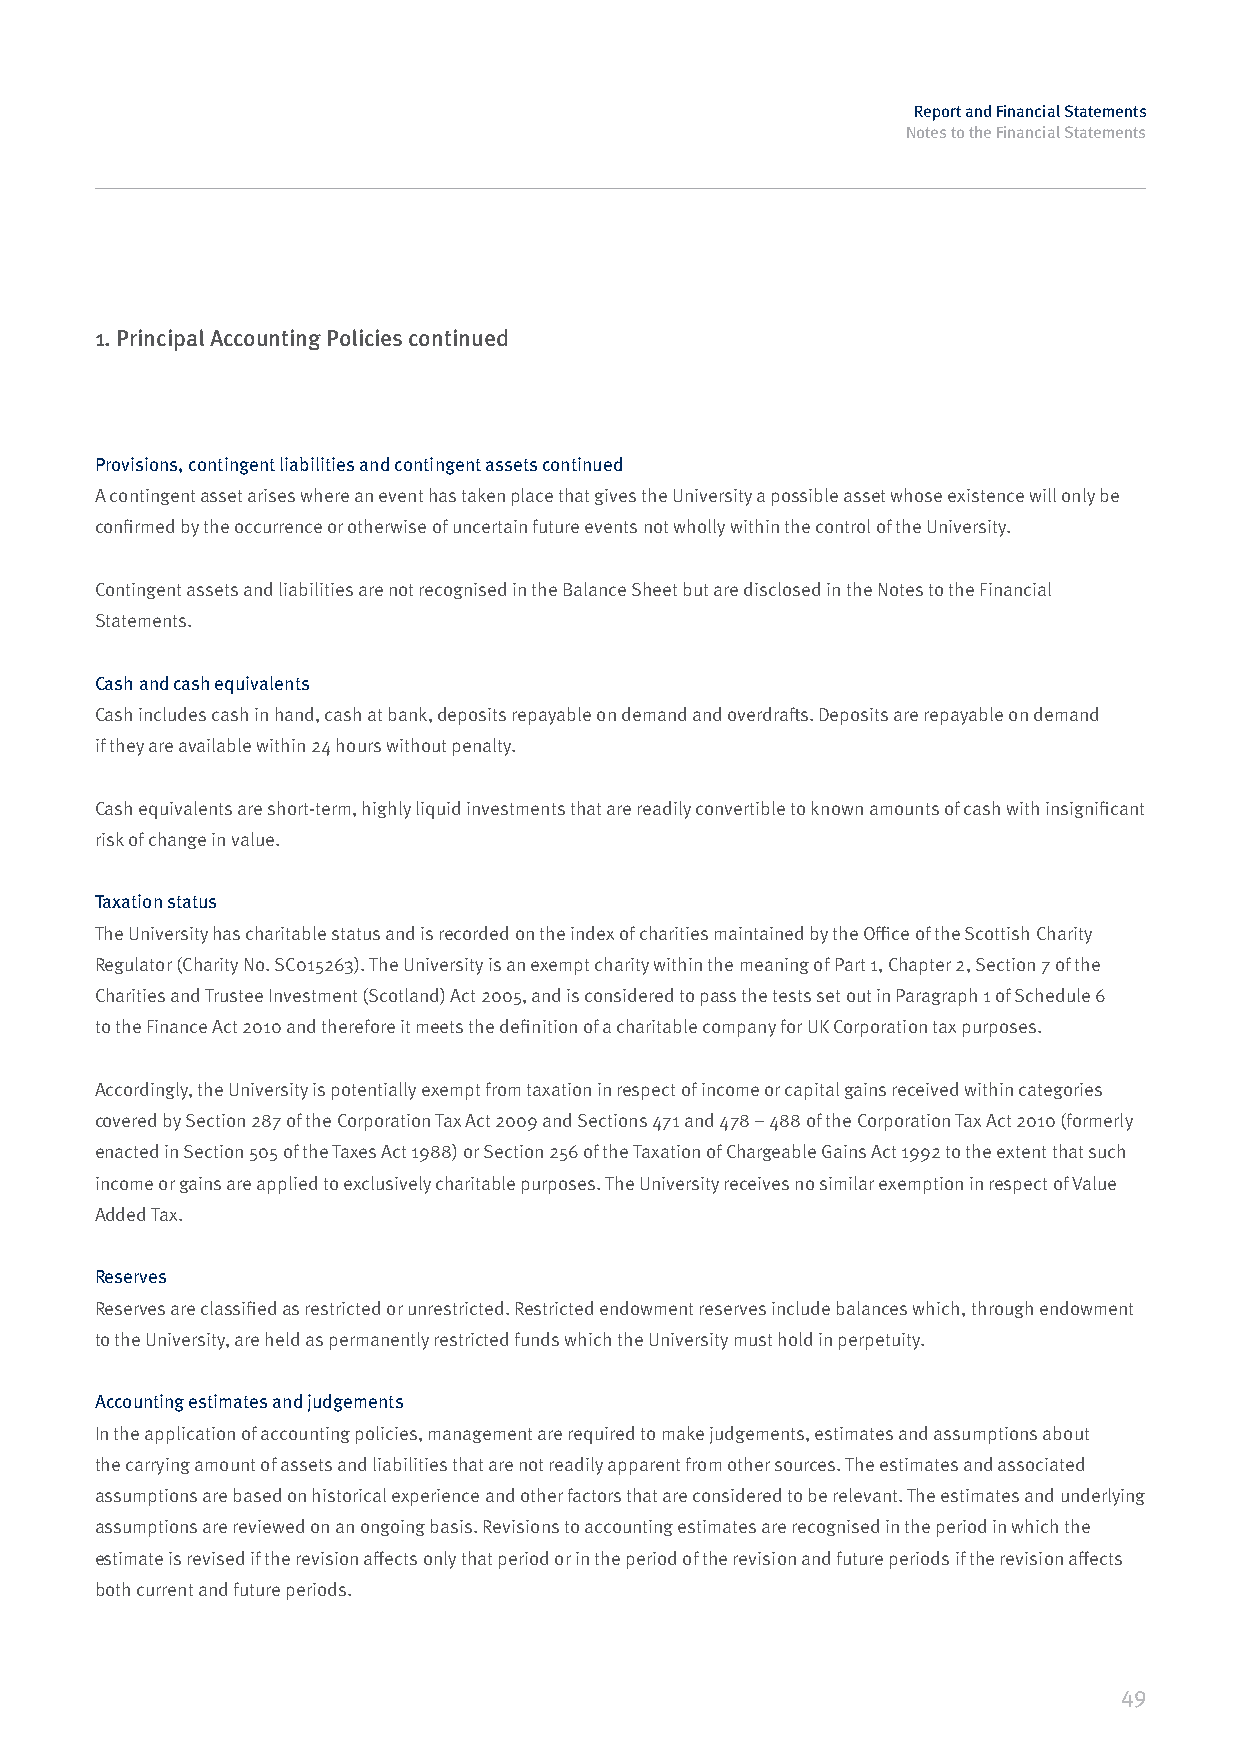
Report and Financial Statements
 Notes to the Financial Statements
 1. Principal Accounting Policies continued
 Provisions, contingent liabilities and contingent assets continued
 A contingent asset arises where an event has taken place that gives the University a possible asset whose existence will only be
 confirmed by the occurrence or otherwise of uncertain future events not wholly within the control of the University.
 Contingent assets and liabilities are not recognised in the Balance Sheet but are disclosed in the Notes to the Financial
 Statements.
 Cash and cash equivalents
 Cash includes cash in hand, cash at bank, deposits repayable on demand and overdrafts. Deposits are repayable on demand
 if they are available within 24 hours without penalty.
 Cash equivalents are short-term, highly liquid investments that are readily convertible to known amounts of cash with insignificant
 risk of change in value.
 Taxation status
 The University has charitable status and is recorded on the index of charities maintained by the Office of the Scottish Charity
 Regulator (Charity No. SC015263). The University is an exempt charity within the meaning of Part 1, Chapter 2, Section 7 of the
 Charities and Trustee Investment (Scotland) Act 2005, and is considered to pass the tests set out in Paragraph 1 of Schedule 6
 to the Finance Act 2010 and therefore it meets the definition of a charitable company for UK Corporation tax purposes.
 Accordingly, the University is potentially exempt from taxation in respect of income or capital gains received within categories
 covered by Section 287 of the Corporation Tax Act 2009 and Sections 471 and 478 – 488 of the Corporation Tax Act 2010 (formerly
 enacted in Section 505 of the Taxes Act 1988) or Section 256 of the Taxation of Chargeable Gains Act 1992 to the extent that such
 income or gains are applied to exclusively charitable purposes. The University receives no similar exemption in respect of Value
 Added Tax.
 Reserves
 Reserves are classified as restricted or unrestricted. Restricted endowment reserves include balances which, through endowment
 to the University, are held as permanently restricted funds which the University must hold in perpetuity.
 Accounting estimates and judgements
 In the application of accounting policies, management are required to make judgements, estimates and assumptions about
 the carrying amount of assets and liabilities that are not readily apparent from other sources. The estimates and associated
 assumptions are based on historical experience and other factors that are considered to be relevant. The estimates and underlying
 assumptions are reviewed on an ongoing basis. Revisions to accounting estimates are recognised in the period in which the
 estimate is revised if the revision affects only that period or in the period of the revision and future periods if the revision affects
 both current and future periods.
 49